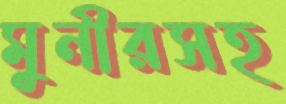
মুনীরসহ